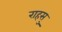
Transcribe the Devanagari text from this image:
राहसु